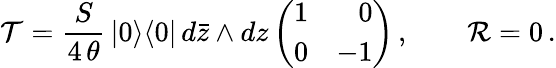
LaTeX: {\cal T}=\frac{S}{4\, \theta}\, |0\rangle\langle 0|\, d\bar{z}\wedge dz\left(\begin{array}{rr}{{1}}&{{0}}\\ {{0}}&{{-1}}\end{array}\right)\, ,\qquad{\cal R}=0\, .